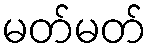
မတ်မတ်